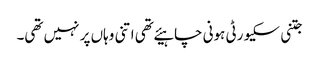
جتنی سکیورٹی ہونی چاہیئے تھی اتنی وہاں پر نہیں تھی۔